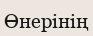
Өнерінің